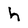
Character: h